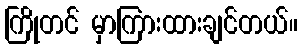
ကြိုတင် မှာကြားထားချင်တယ်။